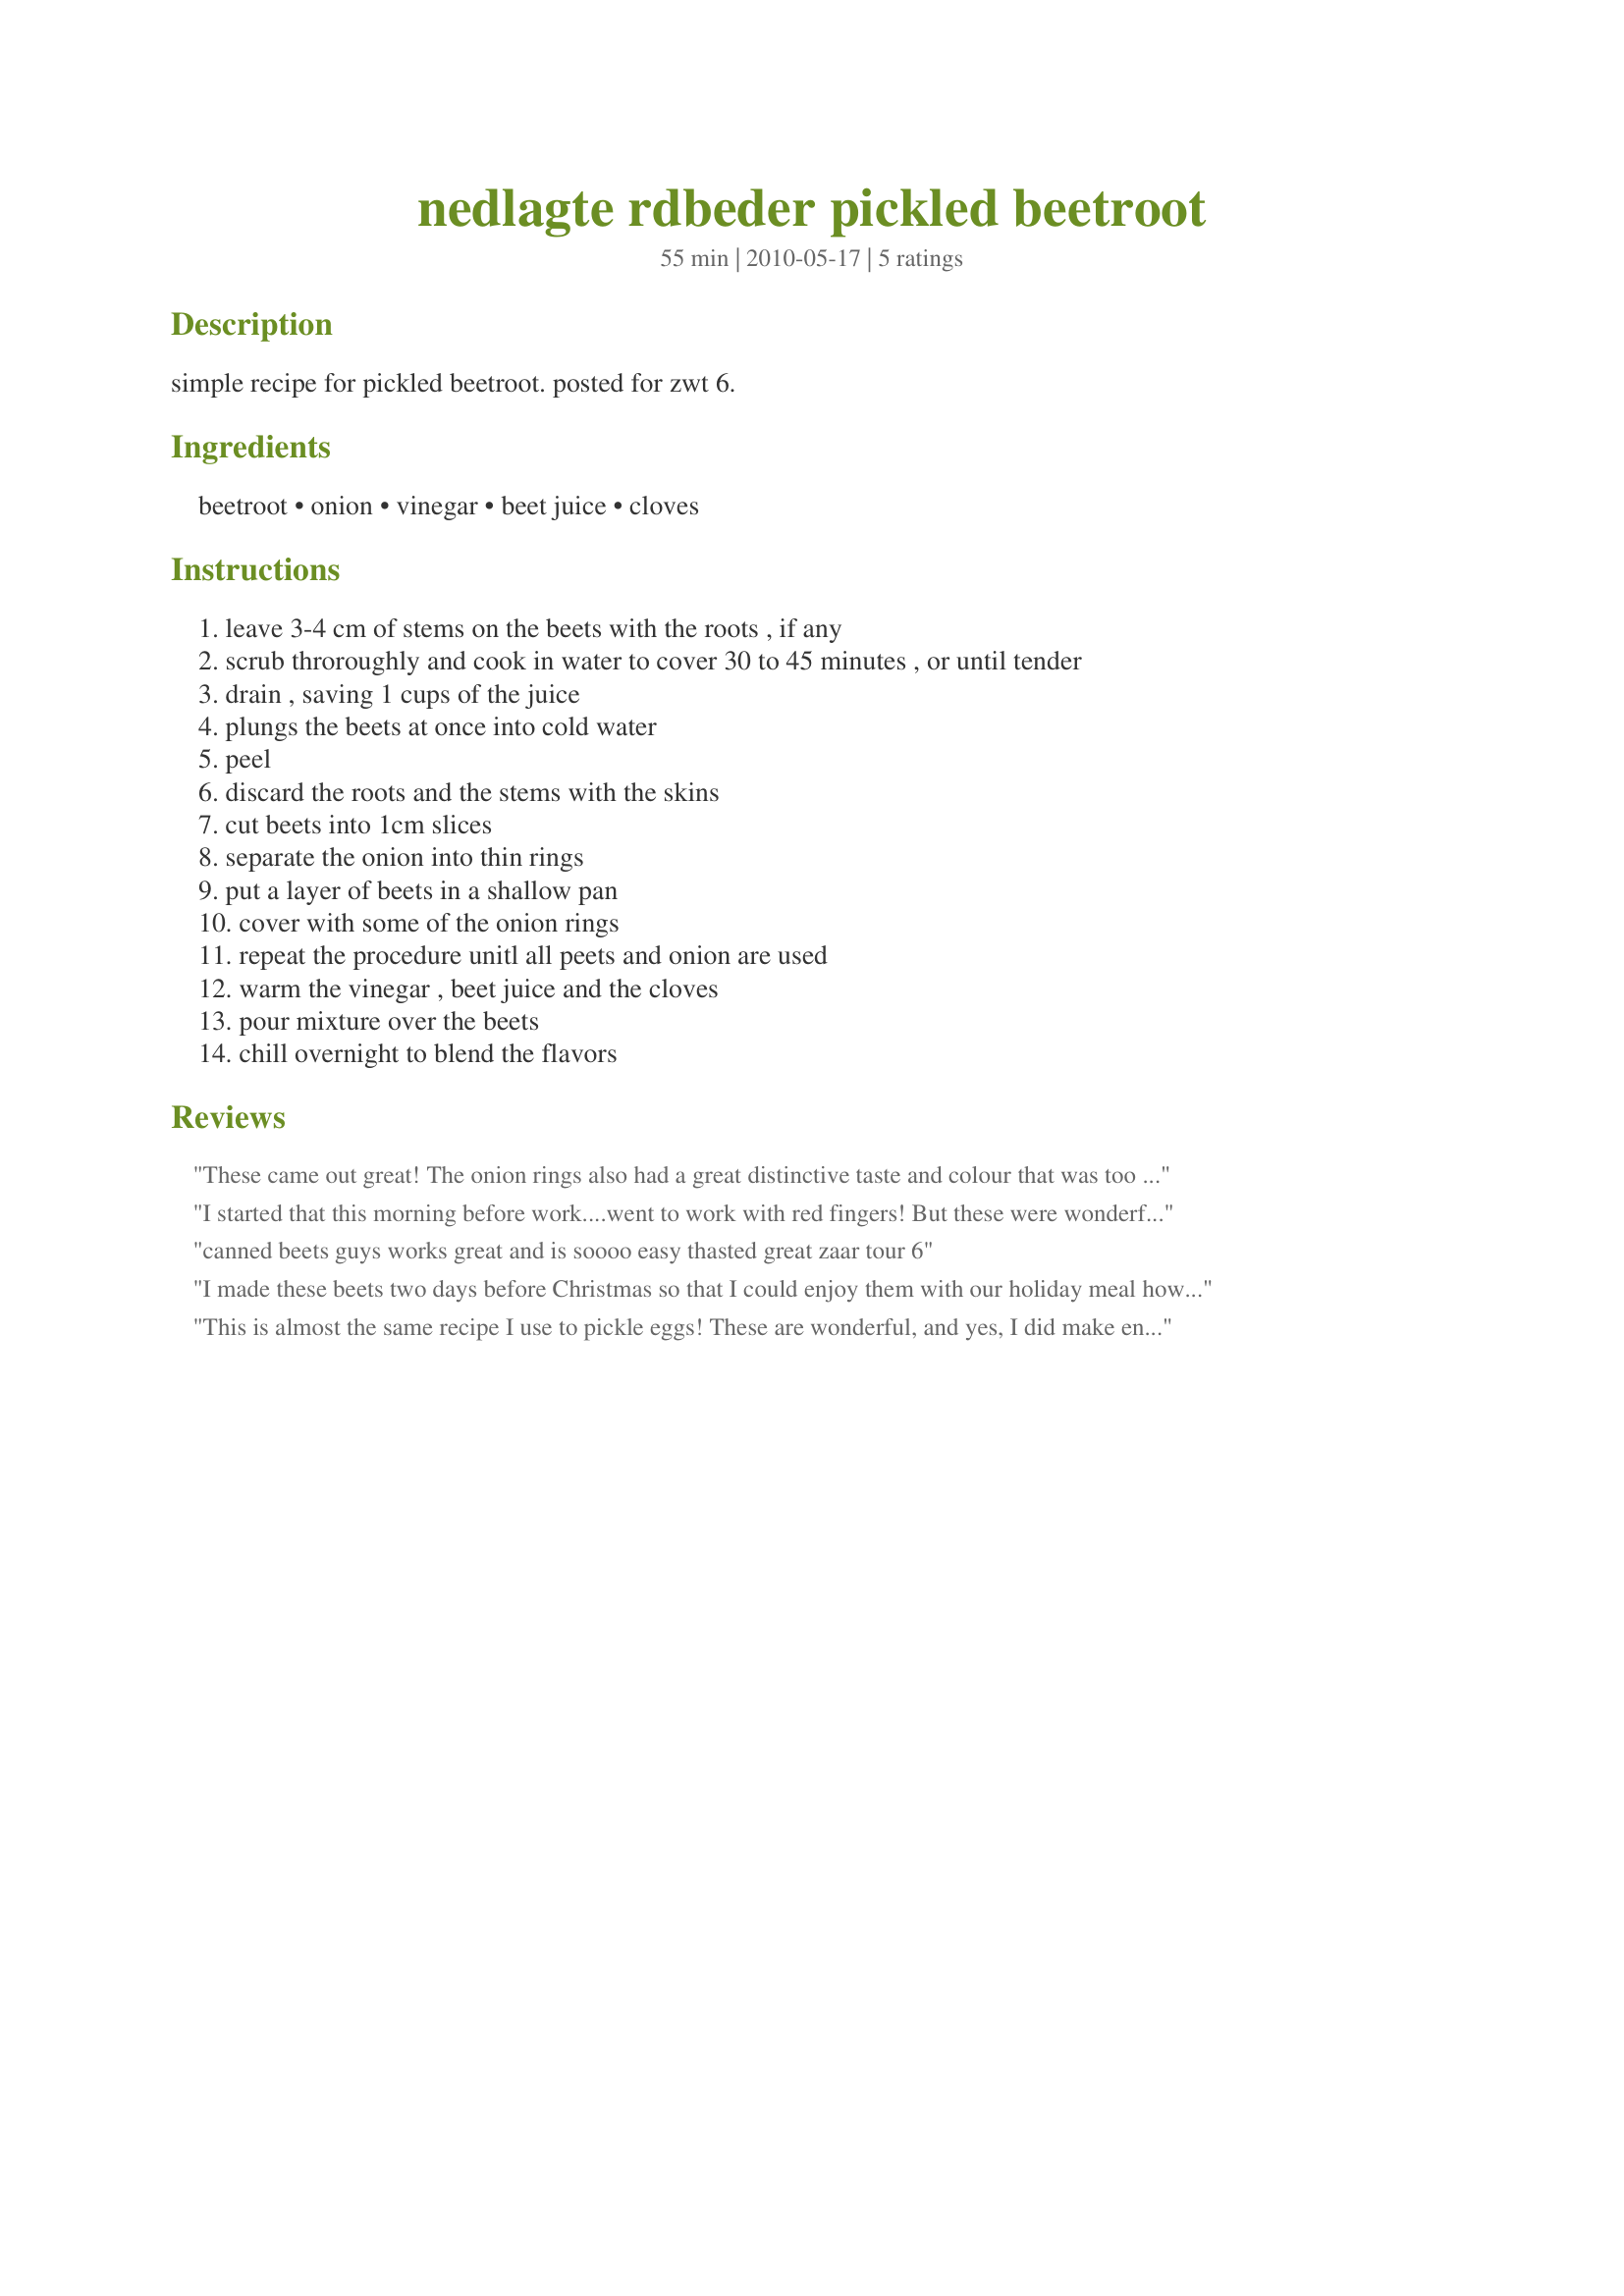
nedlagte rdbeder pickled beetroot
Preparation time: 55 minutes

simple recipe for pickled beetroot. posted for zwt 6.

Ingredients:
beetroot, onion, vinegar, beet juice, cloves

Steps:
leave 3-4 cm of stems on the beets with the roots , if any, scrub throroughly and cook in water to cover 30 to 45 minutes , or until tender, drain , saving 1 cups of the juice, plungs the beets at once into cold water, peel, discard the roots and the stems with the skins, cut beets into 1cm slices, separate the onion into thin rings, put a layer of beets in a shallow pan, cover with some of the onion rings, repeat the procedure unitl all peets and onion are used, warm the vinegar , beet juice and the cloves, pour mixture over the beets, chill overnight to blend the flavors

Reviews:
These came out great! The onion rings also had a great distinctive taste and colour that was too good to discard so I served them along-side with a salad. The only change I made was the beets I had were quite large so I had to use a bit more water than I normally would have preferred, so used 50% malt vinegar to add a bit of extra colour.
I started that this morning before work....went to work with red fingers! But these were wonderful once I got home and had the opportunity to taste them. Thanks for sharing!
canned beets guys works great and is soooo easy thasted great zaar tour 6
I made these beets two days before Christmas so that I could enjoy them with our holiday meal however; I forgot to set them out on the table. That worked out well though, because I have been nibbling on them each day since then. I will definitely be making these beets again. Just have to make one tiny alteration...I will cut the beet juice back just a pinch and increase the vinegar because I thought the beets could use a bit more twang.
This is almost the same recipe I use to pickle eggs! These are wonderful, and yes, I did make enough to pickle some eggs! They will be great in a couple of weeks! Thnx for sharing your recipe, Coasty. Made for the Voracious Vagabonds of ZWT 6.
